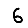
Digit: 6